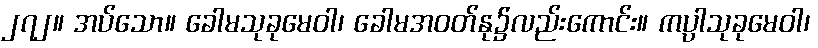
၂၇၂။ အပ်သော။ ခေါမသုခုမေဝါ၊ ခေါမအဝတ်နု၌လည်းကောင်း။ ကပ္ပါသုခုမေဝါ၊